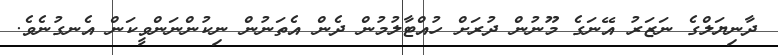
ދާނިޔަލްގެ ނަޒަރު އޭނަގެ މޫނުން ދުރަށް ހުއްޓާލުމުން ދެން އެތަނުން ނިކުންނަންވީކަން އެނގުނެވެ.